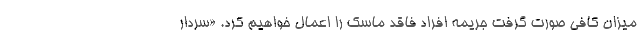
میزان کافی صورت گرفت جریمه افراد فاقد ماسک را اعمال خواهیم کرد. «سردار